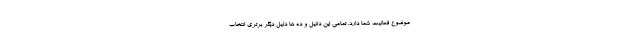
موضوع فعالیت شما دارد. تمامی این دلایل و ده ها دلیل دیگر برتری انتخاب